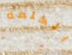
الكلمه